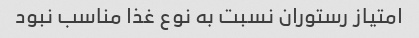
امتیاز رستوران نسبت به نوع غذا مناسب نبود